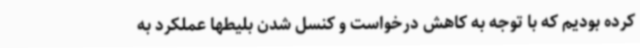
کرده بودیم که با توجه به کاهش درخواست و کنسل شدن بلیطها عملکرد به